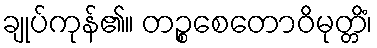
ချုပ်ကုန်၏။ တဉ္စစေတောဝိမုတ္တိံ၊